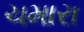
ચમારા